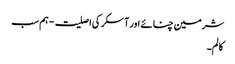
شرمین چنائے اور آسکر کی اصلیت - ہم سب
کالم۔